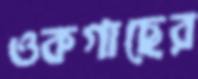
ওকগাছের